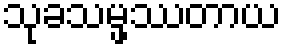
သုခသမ္ဖဿတာယ